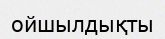
ойшылдықты